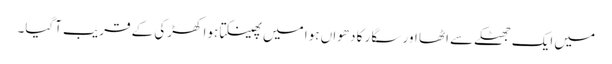
میں ایک جھٹکے سے اٹھا اور سگار کا دھواں ہوا میں پھینکتا ہوا کھڑکی کے قریب آگیا۔